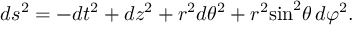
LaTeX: d s ^ { 2 } = - d t ^ { 2 } + d z ^ { 2 } + r ^ { 2 } d { \theta } ^ { 2 } + r ^ { 2 } { \sin } ^ { 2 } \theta \, d { \varphi } ^ { 2 } .